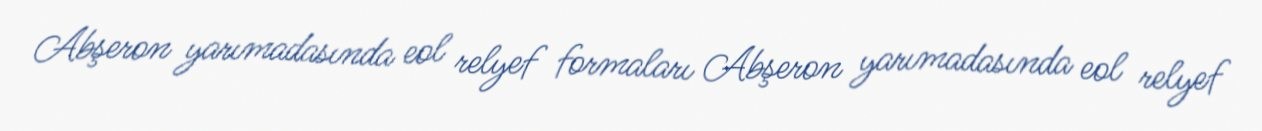
Abşeron yarımadasında eol relyef formaları Abşeron yarımadasında eol relyef